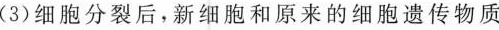
(3)细胞分裂后，新细胞和原来的细胞遗传物质